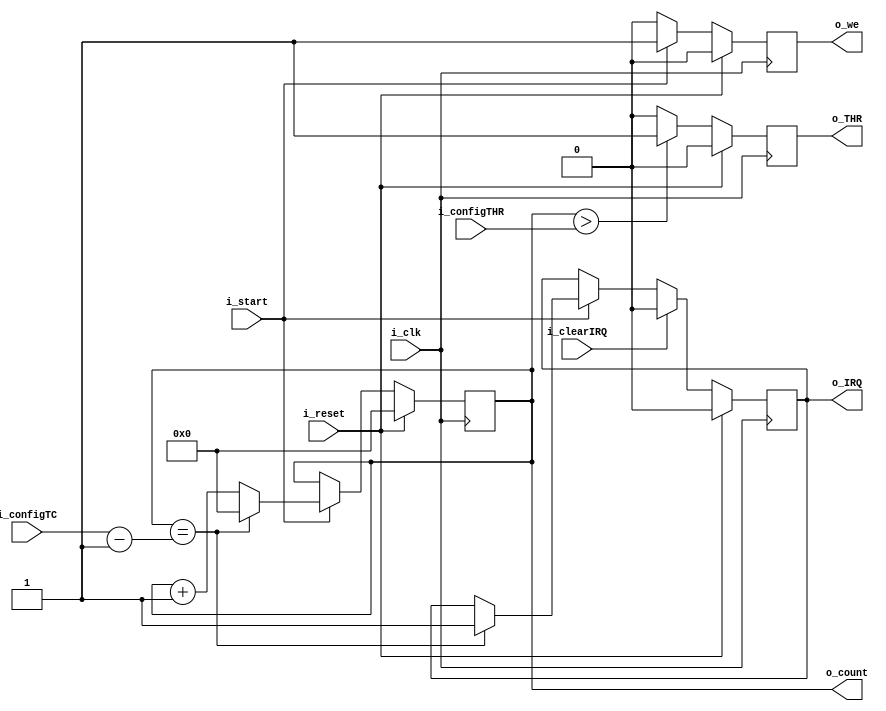

module timer_32b (input i_clk,
						input i_reset, // reset activo a nivel alto
						input i_start,
						input i_clearIRQ,
						input [31:0] i_configTC, //Terminal count
						input [31:0] i_configTHR, // Threshold
						output o_IRQ,
						output o_THR,
						output o_we,
						output [31:0] o_count
						);
	//declaring auxiliar registers
	reg IRQ, THR, we;
	reg [31:0] count;
	
	always @(posedge i_clk )
	begin 
		if(i_reset)
		begin
			count <= 0;
			IRQ <= 0;
			THR <= 0;
			we <= 0;
		end
		else
		begin
			if (i_start)
			begin
				count <= count + 1'b1;
				we <= 1'b1;
				if (count == (i_configTC - 1'b1))
				begin
					count <= 1'b0;
					IRQ <= 1'b1;
				end

			end
			else
			begin
				count <= count;
				we <= 0;
			end

			if (i_clearIRQ)
				IRQ <= 1'b0;

			if (count > i_configTHR)
				THR <= 1'b1;
			else
				THR <= 1'b0;
		end
	end
	
	assign o_THR = THR;
	assign o_IRQ = IRQ;
	assign o_we = we;
	assign o_count = count;

endmodule 


/*Preguntas a realizar*/
// No hay reset?
// con que valor se inicializan los registros
// si el timer se para, y luego se contina, vuelve a empezar?
// el reset a que modulo va? y como funciona?
// Como se activa la interrupcin del dispositivo?